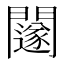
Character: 𨷃